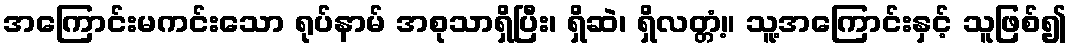
အကြောင်းမကင်းသော ရုပ်နာမ် အစုသာရှိပြီး၊ ရှိဆဲ၊ ရှိလတ္တံ့။ သူ့အကြောင်းနှင့် သူဖြစ်၍